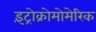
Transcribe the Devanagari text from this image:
इंट्रोक्रोमोमेरिक